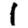
Digit: 1